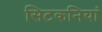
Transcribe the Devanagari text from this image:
सिटकनियां